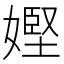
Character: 𡠩